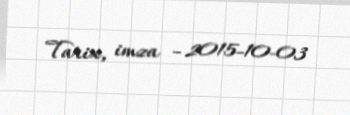
Tarix, imza - 2015-10-03